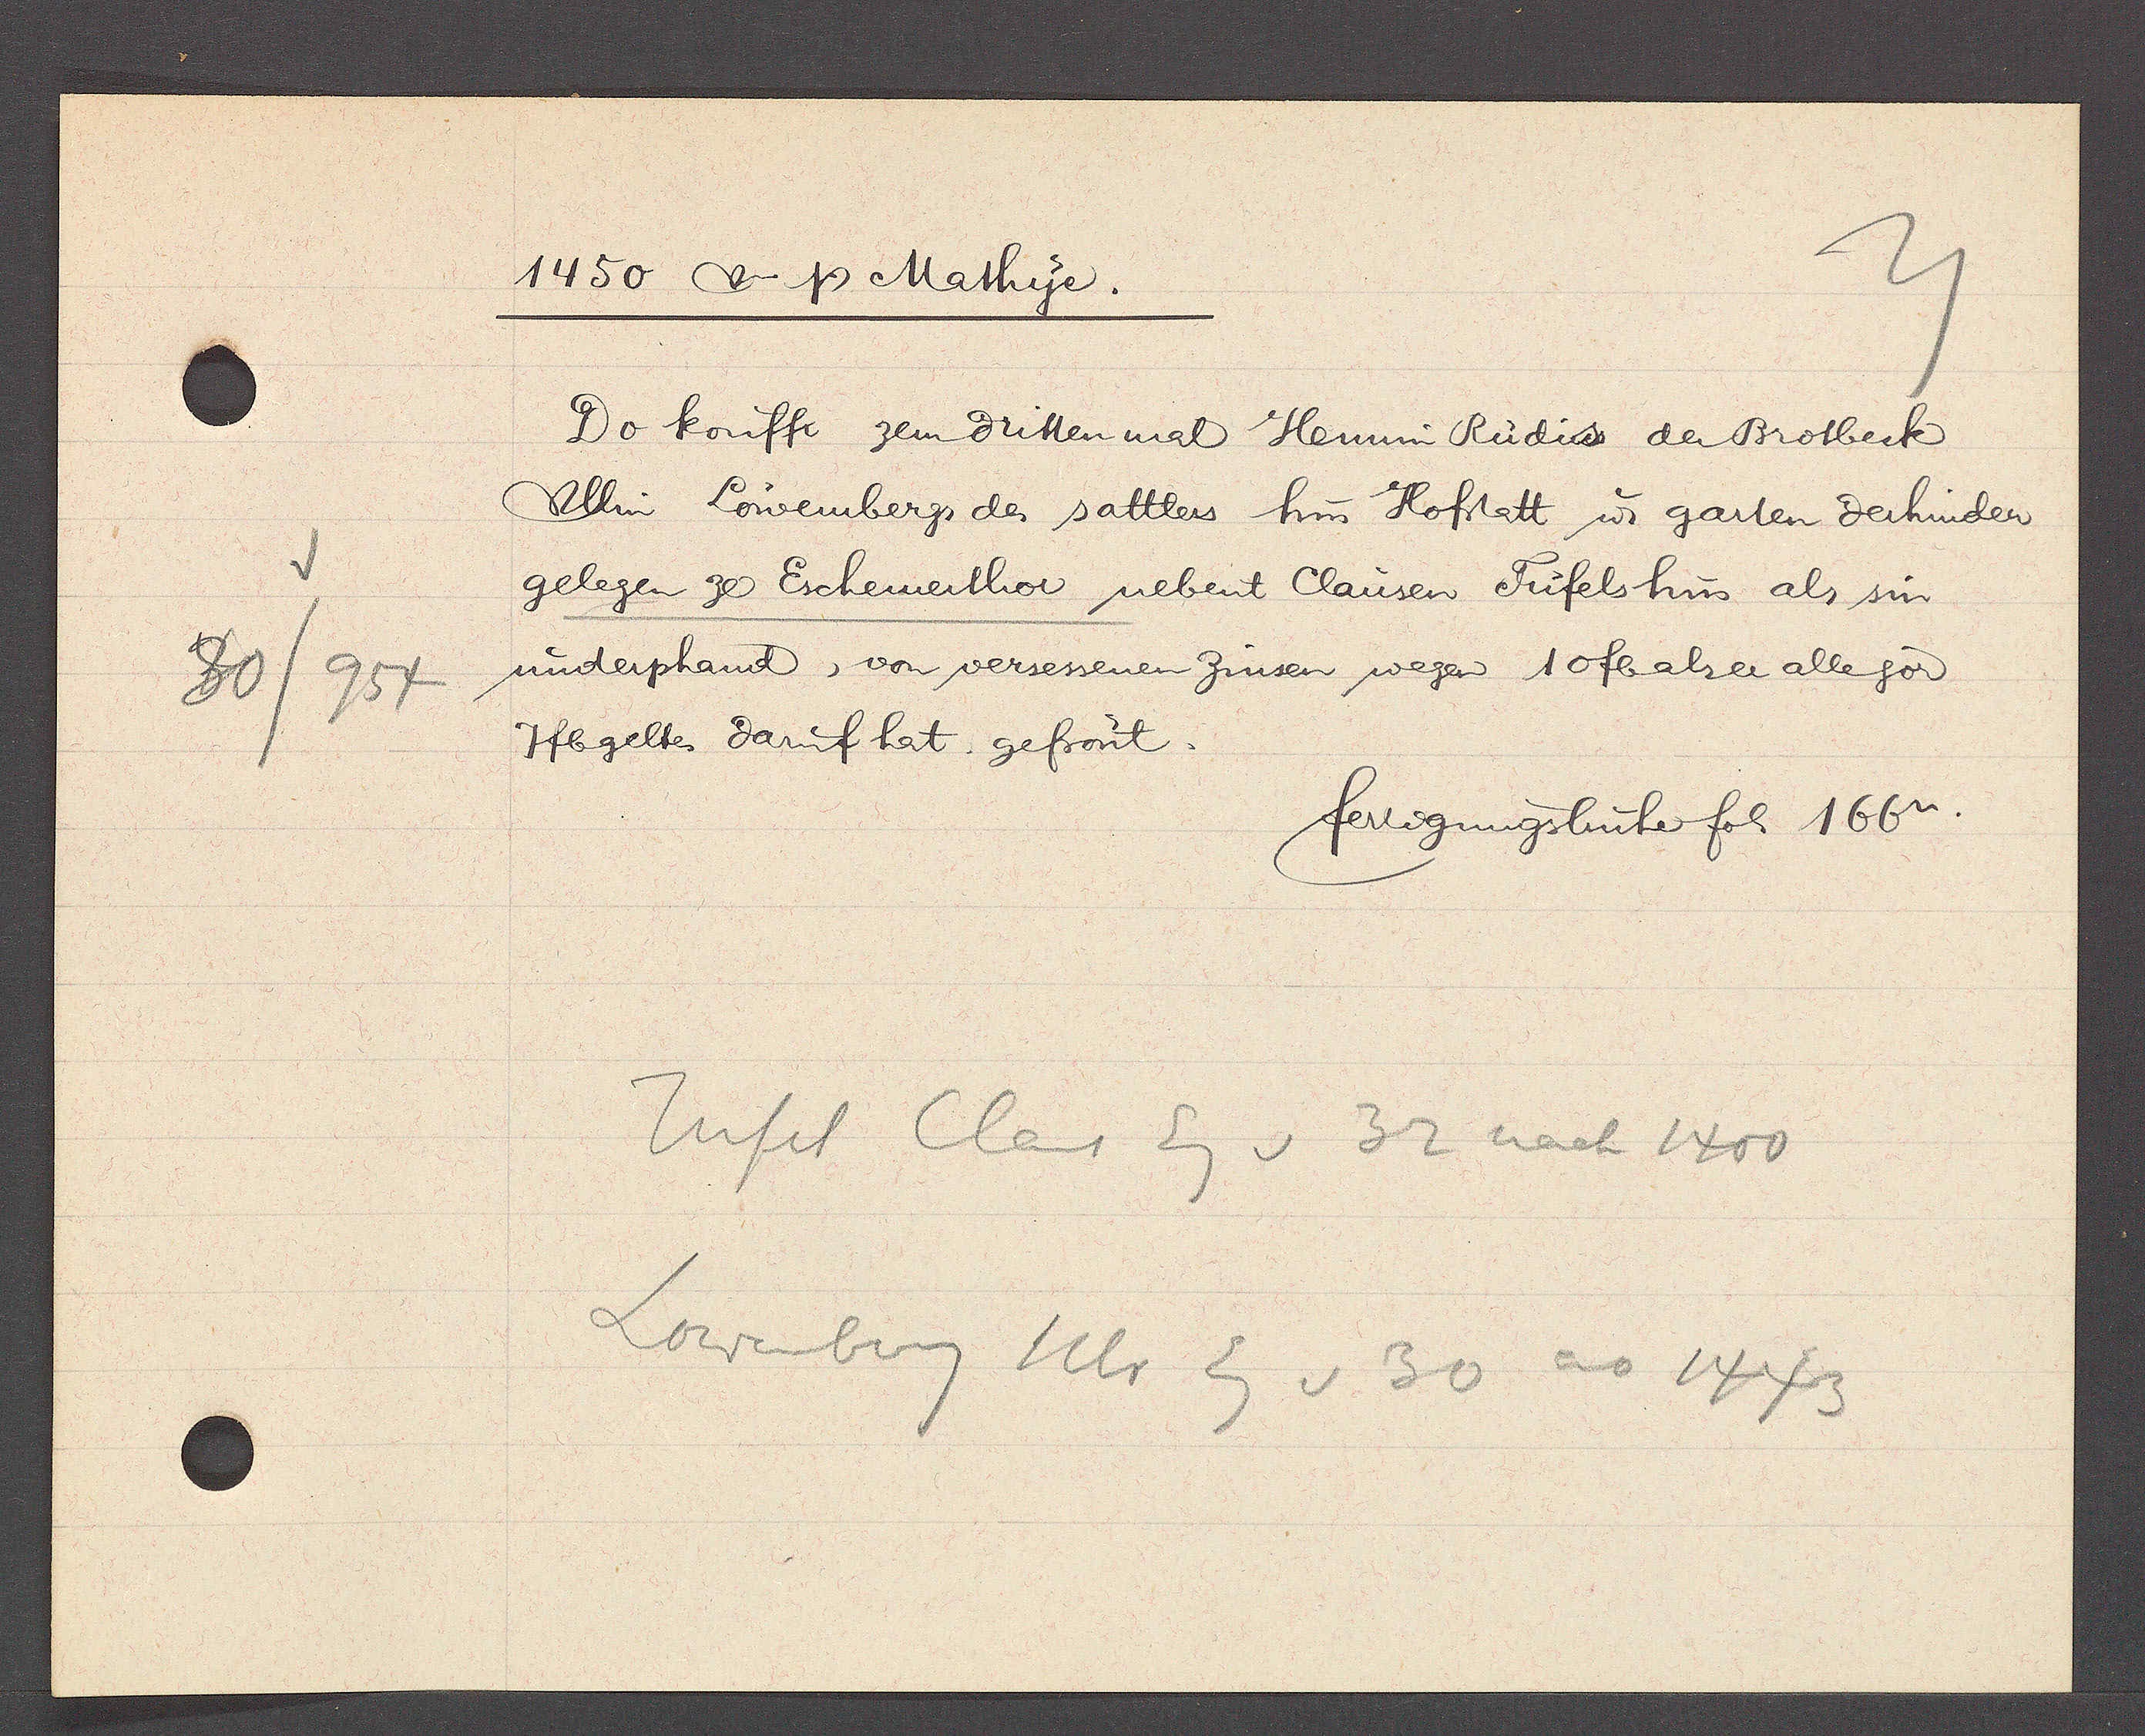
Transcript:
80/
954

1450  Ƿ Mathye.

Do koufft zem dritten mal Hennin Rudis der Brotbeck
Ullin Lowembergs des sattlers hus Hofstatt ư garten derhinder
gelegen ze Eschemerthor nebent Clausen Tufelshus als sin
underphand, von versessenen Zinsen wegen 10 fb als er alle jor
7fb geltes daruf hat gefrönt.

fertigungsbuch fol. 166v.

Tufel Claus Eg v 32 nach 1400
Lowenberg Ulr Eg v 30 ao 1443